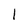
Character: 1